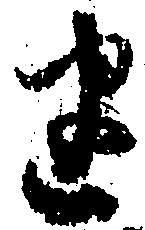
建